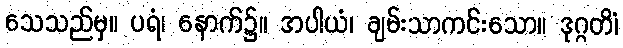
သေသည်မှ။ ပရံ၊ နောက်၌။ အပါယံ၊ ချမ်းသာကင်းသော။ ဒုဂ္ဂတိံ၊